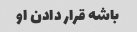
باشه قرار دادن او